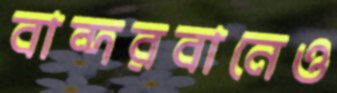
বান্দরবানেও